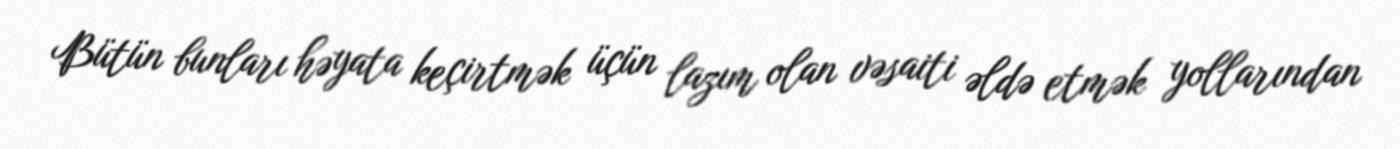
Bütün bunları həyata keçirtmək üçün lazım olan vəsaiti əldə etmək yollarından